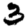
Digit: 3